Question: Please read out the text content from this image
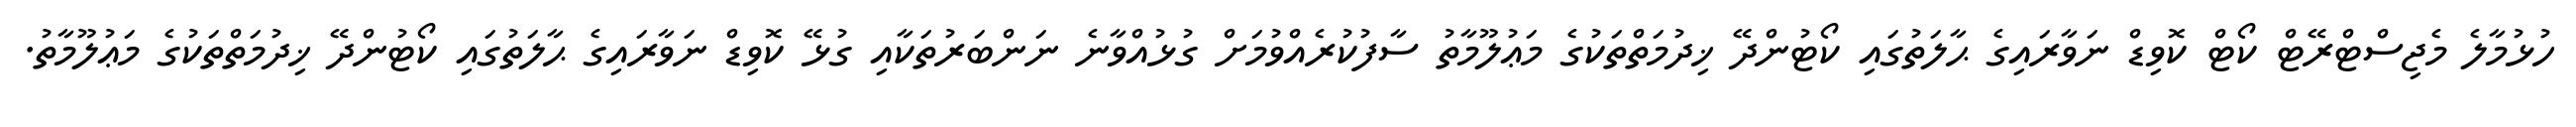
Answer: ހުޅުމާލެ މެޖިސްޓްރޭޓް ކޯޓް ކޮވިޑް ނަވާރައިގެ ޙާލަތުގައި ކޯޓުންދޭ ޚިދުމަތްތަކުގެ މަޢުލޫމާތު ސާފުކުރެއްވުމަށް ގުޅުއްވާނެ ނަންބަރުތަކާއި ގުޅޭ ކޮވިޑް ނަވާރައިގެ ޙާލަތުގައި ކޯޓުންދޭ ޚިދުމަތްތަކުގެ މަޢުލޫމާތު.